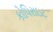
કોપિરાઇટ